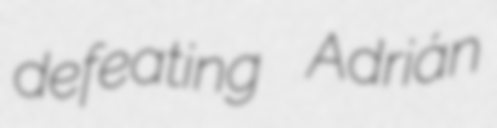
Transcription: defeating Adrián